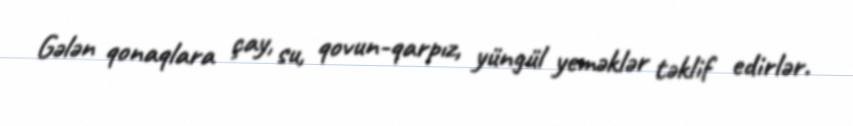
Gələn qonaqlara çay, su, qovun-qarpız, yüngül yeməklər təklif edirlər.